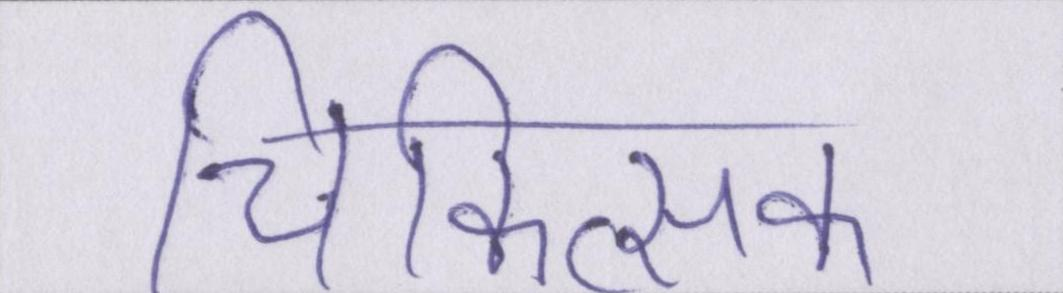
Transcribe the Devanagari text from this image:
चिकित्सक